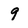
Character: 9